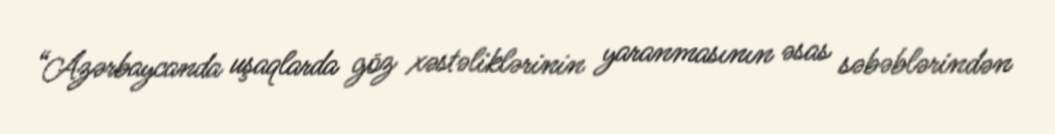
“Azərbaycanda uşaqlarda göz xəstəliklərinin yaranmasının əsas səbəblərindən